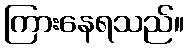
ကြားနေရသည်။